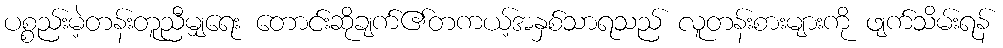
ပစ္စည်းမဲ့တန်းတူညီမျှရေး တောင်းဆိုချက်၏တကယ့်အနှစ်သာရသည် လူတန်းစားများကို ဖျက်သိမ်းရန်